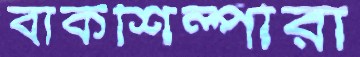
বাকশিল্পীরা